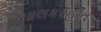
ચાલકરહીત